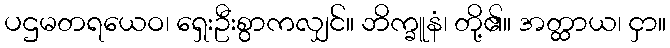
ပဌမတရယေဝ၊ ရှေးဦးစွာကလျှင်။ ဘိက္ခူနံ၊ တို့၏။ အတ္ထာယ၊ ငှာ။